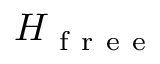
H _ { \mathrm { ~ f ~ r ~ e ~ e ~ } }